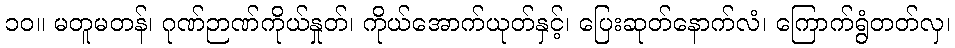
၁၀။ မတူမတန်၊ ဂုဏ်ဉာဏ်ကိုယ်နှုတ်၊ ကိုယ်အောက်ယုတ်နှင့်၊ ပြေးဆုတ်နောက်လံ၊ ကြောက်ရွံတတ်လှ၊